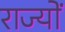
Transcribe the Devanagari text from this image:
राज्योें